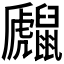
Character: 𪕻